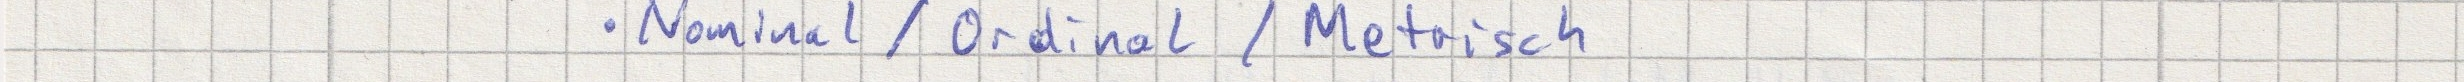
- Nominal / Ordinal / Metrisch